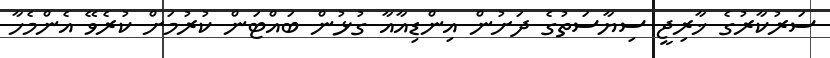
ސަރުކާރުގެ ޚާރިޖީ ސިޔާސަތުގެ ދަށުން އިންޑިއާއާ ގުޅުން ބައްޓަން ކުރުމަށް ކުރެވޭ އެންމެހާ